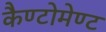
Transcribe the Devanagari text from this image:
कैण्‍टोमेण्‍ट